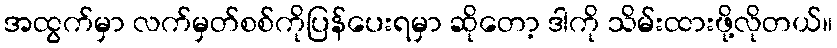
အထွက်မှာ လက်မှတ်စစ်ကိုပြန်ပေးရမှာ ဆိုတော့ ဒါကို သိမ်းထားဖို့လိုတယ်။